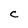
Character: C